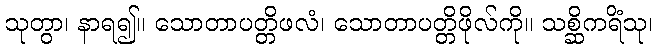
သုတွာ၊ နာရ၍။ သောတာပတ္တိဖလံ၊ သောတာပတ္တိဖိုလ်ကို။ သစ္ဆိကရိံသု၊